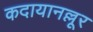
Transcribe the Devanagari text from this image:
कदायानल्लूर